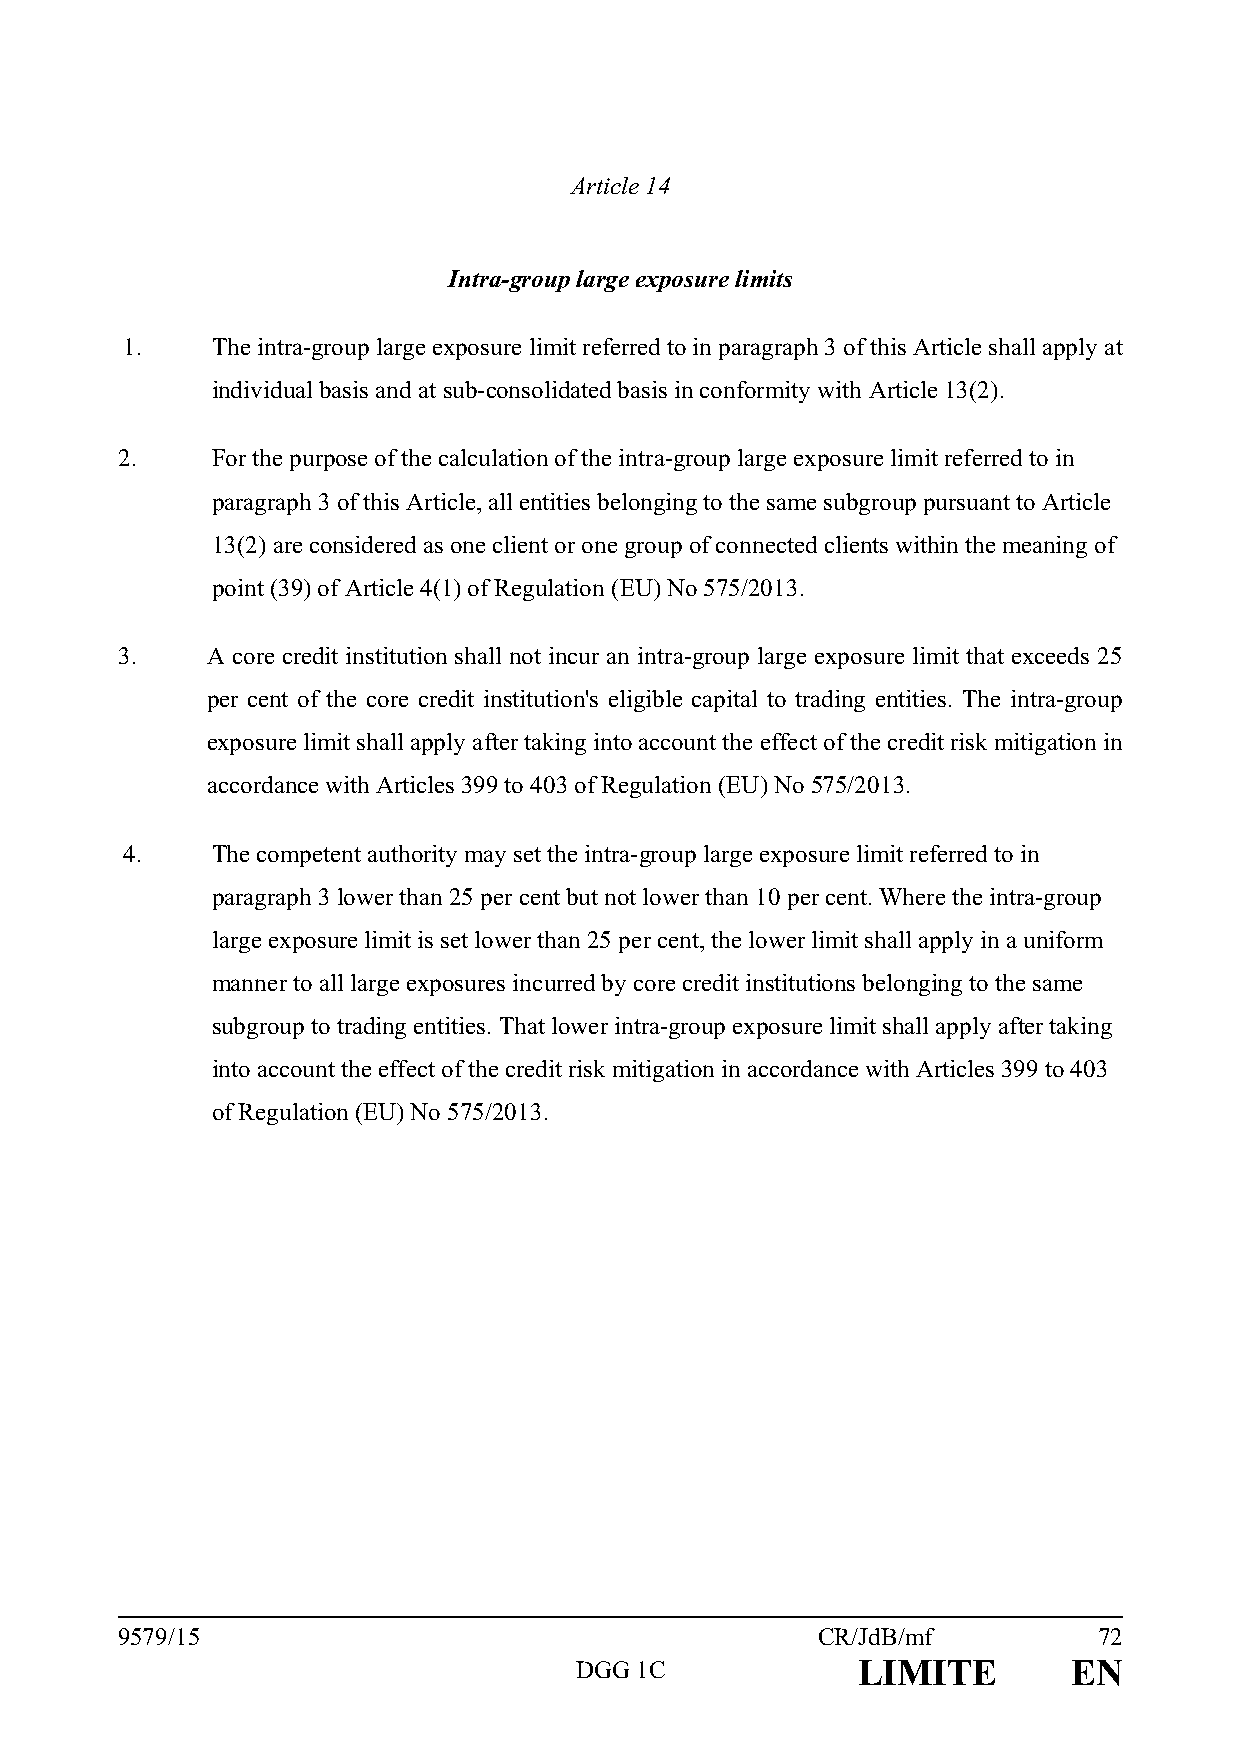
Article 14
 Intra-group large exposure limits
 1.    The intra-group large exposure limit referred to in paragraph 3 of this Article shall apply at
 individual basis and at sub-consolidated basis in conformity with Article 13(2).
 2.    For the purpose of the calculation of the intra-group large exposure limit referred to in
 paragraph 3 of this Article, all entities belonging to the same subgroup pursuant to Article
 13(2) are considered as one client or one group of connected clients within the meaning of
 point (39) of Article 4(1) of Regulation (EU) No 575/2013.
 3.    A core credit institution shall not incur an intra-group large exposure limit that exceeds 25
 per cent of the core credit institution's eligible capital to trading entities. The intra-group
 exposure limit shall apply after taking into account the effect of the credit risk mitigation in
 accordance with Articles 399 to 403 of Regulation (EU) No 575/2013.
 4.    The competent authority may set the intra-group large exposure limit referred to in
 paragraph 3 lower than 25 per cent but not lower than 10 per cent. Where the intra-group
 large exposure limit is set lower than 25 per cent, the lower limit shall apply in a uniform
 manner to all large exposures incurred by core credit institutions belonging to the same
 subgroup to trading entities. That lower intra-group exposure limit shall apply after taking
 into account the effect of the credit risk mitigation in accordance with Articles 399 to 403
 of Regulation (EU) No 575/2013.
 9579/15                                       CR/JdB/mf          72
 DGG 1C             LIMITE        EN